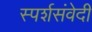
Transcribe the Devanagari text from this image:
स्पर्शसंवेदी